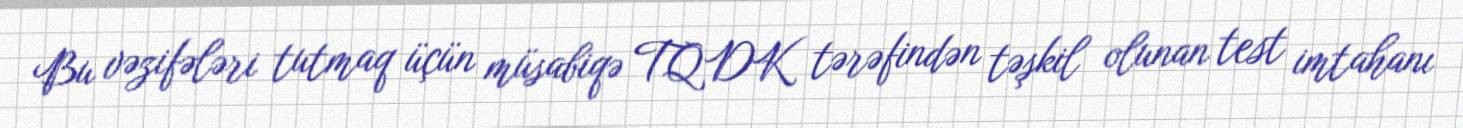
Bu vəzifələri tutmaq üçün müsabiqə TQDK tərəfindən təşkil olunan test imtahanı